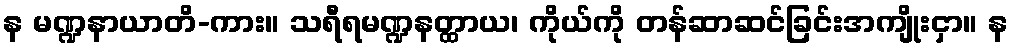
န မဏ္ဍနာယာတိ-ကား။ သရီရမဏ္ဍနတ္ထာယ၊ ကိုယ်ကို တန်ဆာဆင်ခြင်းအကျိုးငှာ။ န